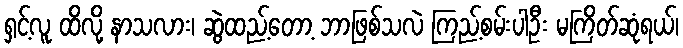
ရှင့်လူ ထိလို့ နာသလား၊ ဆွဲထည့်တော့ ဘာဖြစ်သလဲ ကြည့်စမ်းပါဦး မကြိတ်ဆုံရယ်၊